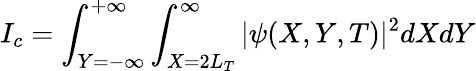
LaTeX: I_{c}=\int_{Y=-\infty}^{+\infty}\int_{X=2L_{T}}^{\infty}|\psi(X,Y,T)|^{2}dXdY